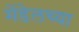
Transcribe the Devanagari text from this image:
मेंडेलच्या